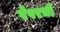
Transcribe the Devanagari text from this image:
पेपरची